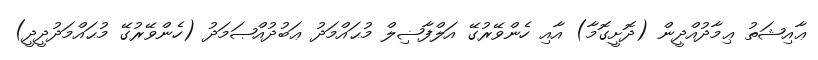
ޢާއިޝަތު ޢިމާދުއްދީން (ދޮށީގޮމާ) އާއި ހެންވޭރުގޭ އަލްފާޟިލް މުޙައްމަދު ޢަބުދުއްޞަމަދު (ހެންވޭރުގޭ މުޙައްމަދުދީދީ)